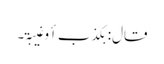
قال: بکذب أو غیبۃ۔